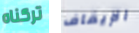
تركناه الإيقاف